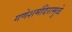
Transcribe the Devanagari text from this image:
गणेशमंदिरामुळे